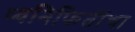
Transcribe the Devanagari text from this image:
ध्वनिफितींचा